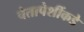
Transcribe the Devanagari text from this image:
चेतापेशींकडे